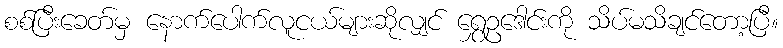
စစ်ပြီးခေတ်မှ နောက်ပေါက်လူငယ်များဆိုလျှင် ရွှေဥဒေါင်းကို သိပ်မသိချင်တော့ပြီ။